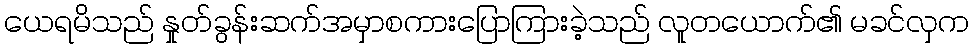
ယေရမိသည် နှုတ်ခွန်းဆက်အမှာစကားပြောကြားခဲ့သည် လူတယောက်၏ မခင်လှက